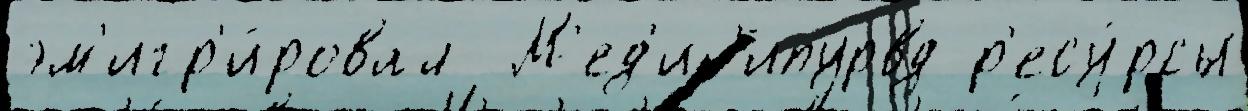
эм'игр'и́ровал  М'ед'ин'ипурвд р'есу́рсы